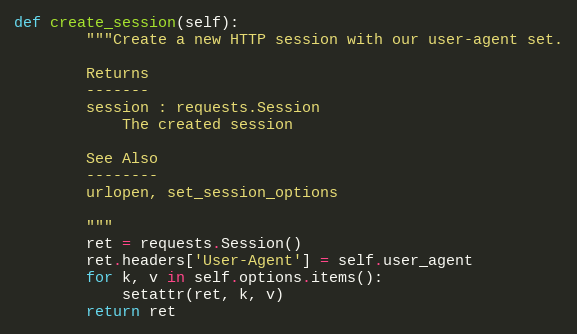
Language: Python
def create_session(self):
        """Create a new HTTP session with our user-agent set.

        Returns
        -------
        session : requests.Session
            The created session

        See Also
        --------
        urlopen, set_session_options

        """
        ret = requests.Session()
        ret.headers['User-Agent'] = self.user_agent
        for k, v in self.options.items():
            setattr(ret, k, v)
        return ret